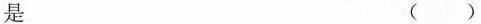
是 ()